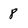
Character: 8